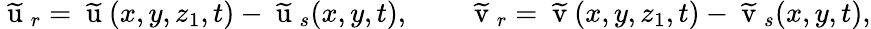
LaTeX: \mathrm{~{\widetilde{u}}~}_{r}=\mathrm{~{\widetilde{u}}~}(x,y,z_{1},t)-\mathrm{~{\widetilde{u}}~}_{s}(x,y,t),\qquad\mathrm{~{\widetilde{v}}~}_{r}=\mathrm{~{\widetilde{v}}~}(x,y,z_{1},t)-\mathrm{~{\widetilde{v}}~}_{s}(x,y,t),